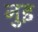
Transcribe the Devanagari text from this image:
नुइ